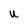
Character: U